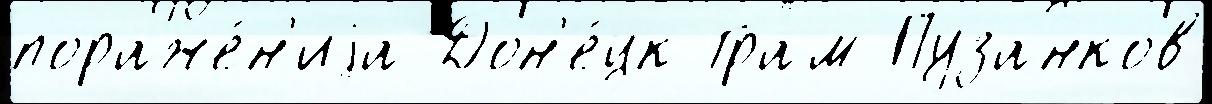
пораже́н'иjа Дон'е́цк Грам Пузанков